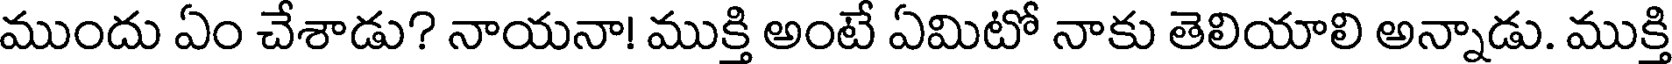
ముందు ఏం చేశాడు? నాయనా! ముక్తి అంటే ఏమిటో నాకు తెలియాలి అన్నాడు. ముక్తి